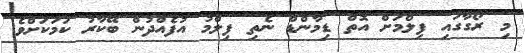
މި ރޯގާގައި ފިލްމަށް އޮތް ޑިމާންޑް ނެތި ފިލްމު އުފެއްދުން ބޭކާރު ކަމަކަށްވެ